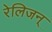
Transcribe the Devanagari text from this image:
रेलिजन्